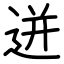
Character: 迸